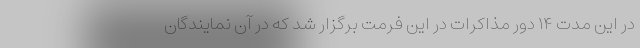
در این مدت ۱۴ دور مذاکرات در این فرمت برگزار شد که در آن نمایندگان